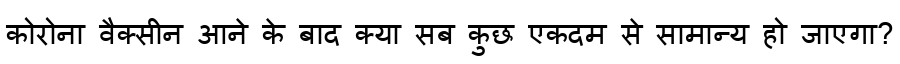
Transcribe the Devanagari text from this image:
कोरोना वैक्सीन आने के बाद क्या सब कुछ एकदम से सामान्य हो जाएगा?